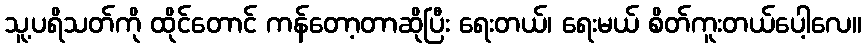
သူ့ပရိသတ်ကို ထိုင်တောင် ကန်တော့တာဆိုပြီး ရေးတယ်၊ ရေးမယ် စိတ်ကူးတယ်ပေါ့လေ။